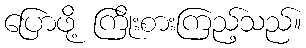
ပြောဖို့ ကြိုးစားကြည့်သည်။